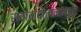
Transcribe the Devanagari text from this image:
स्वादांदोलनांमुळे